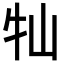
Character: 𡵣